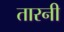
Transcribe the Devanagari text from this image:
तारनी